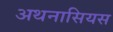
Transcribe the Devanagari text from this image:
अथनासियस